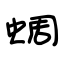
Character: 蜩